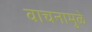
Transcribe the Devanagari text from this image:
वाचनामुळे